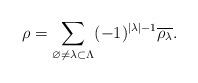
LaTeX: \begin{align*}\rho = \sum_{\varnothing \neq \lambda \subset \Lambda} (-1)^{|\lambda|-1} \overline{\rho_\lambda}.\end{align*}